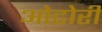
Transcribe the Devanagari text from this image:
ओढोरी